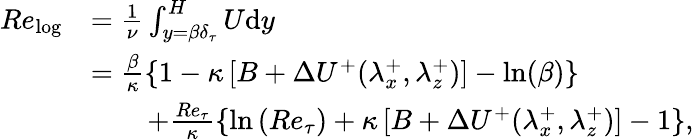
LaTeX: \begin{array}{rl}{Re_{\mathrm{log}}}&{=\frac{1}{\nu}\int_{y={\beta}\delta_{\tau}}^{H}U\mathrm{d}y}\\ &{=\frac{{\beta}}{\kappa}\left\{ 1-\kappa\left[B+\Delta U^{+}(\lambda_{x}^{+},\lambda_{z}^{+})\right]-\ln({\beta})\right\} }\\ &{\quad\quad+\frac{Re_{\tau}}{\kappa}\left\{ \ln\left(Re_{\tau}\right)+\kappa\left[B+\Delta U^{+}(\lambda_{x}^{+},\lambda_{z}^{+})\right]-1\right\} ,}\end{array}